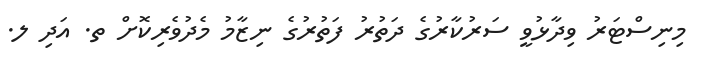
މިނިސްޓަރު ވިދާޅުވީ ސަރުކާރުގެ ދަތުރު ފަތުރުގެ ނިޒާމު މެދުވެރިކޮށް ތ. އަދި ލ.